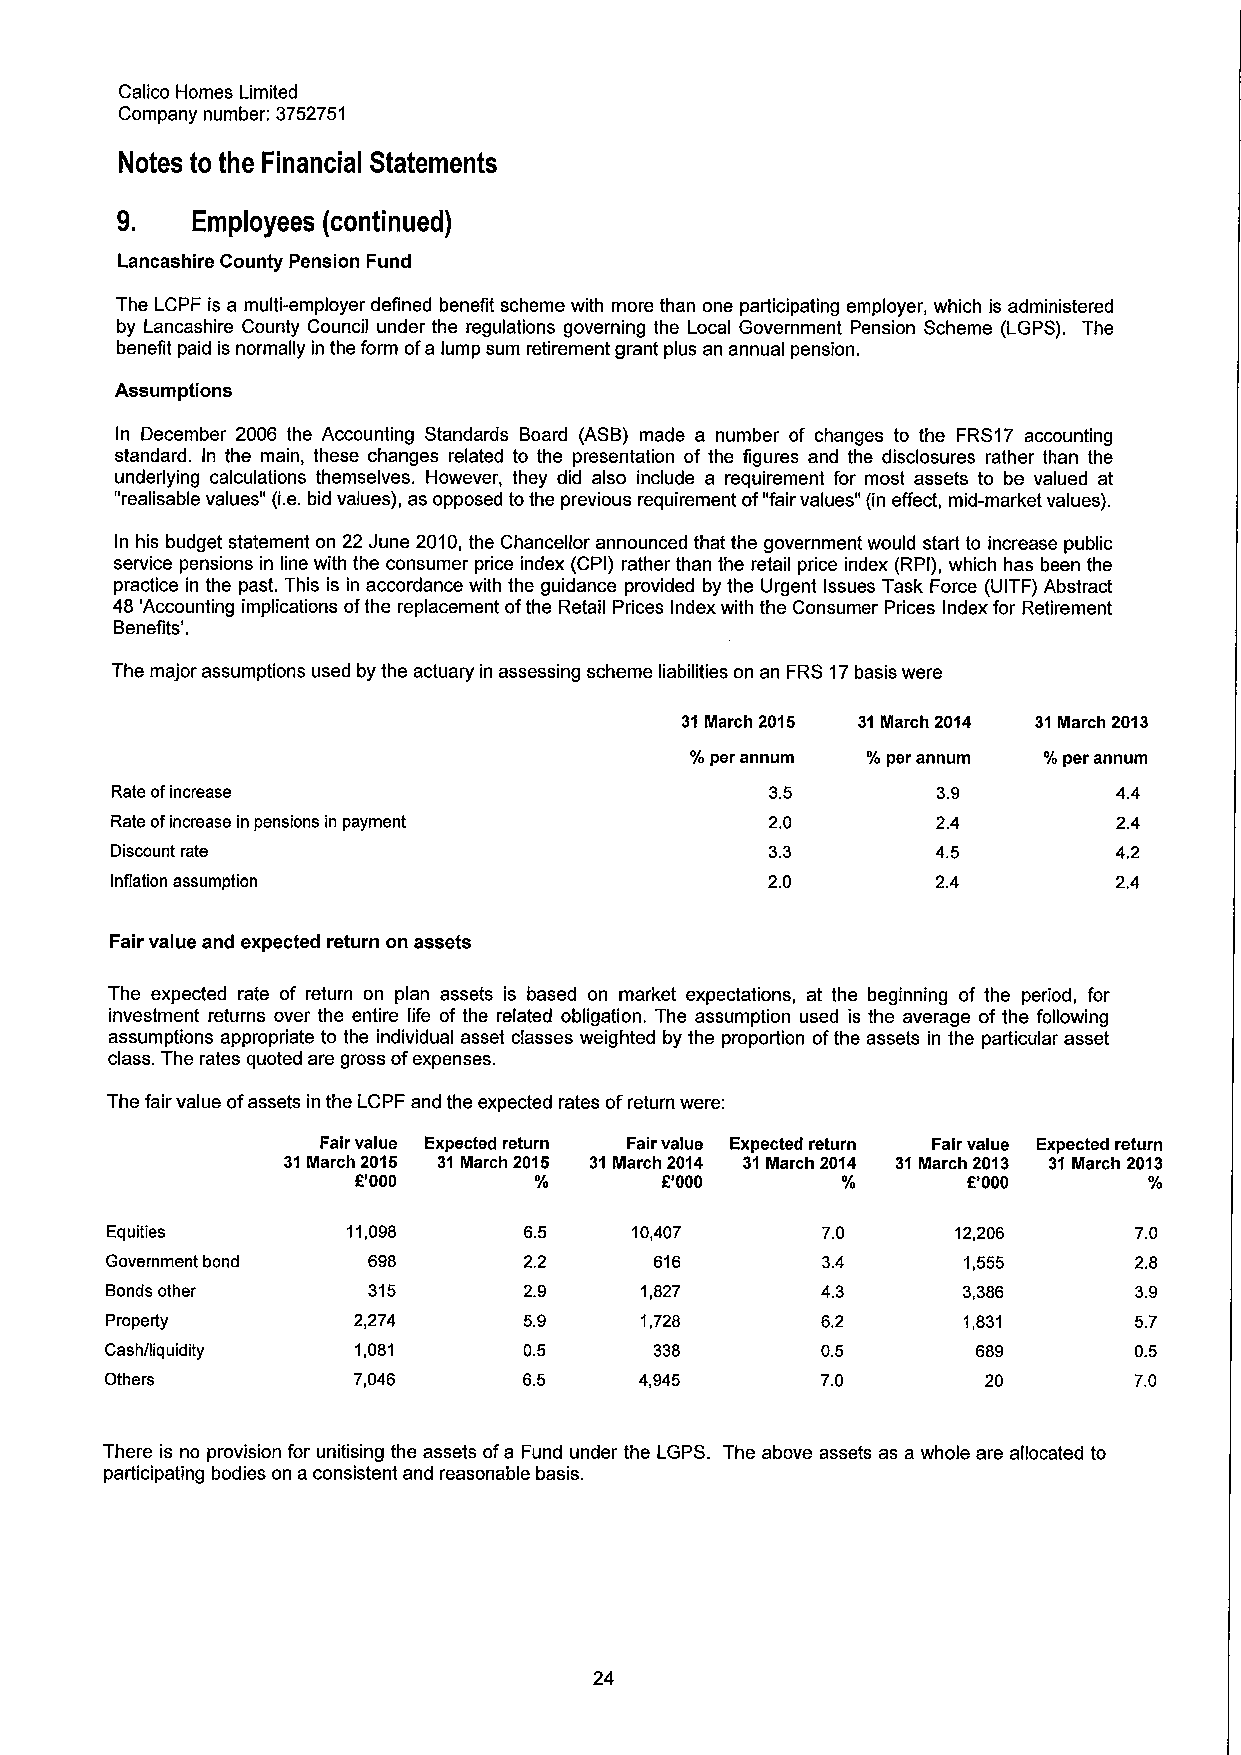
Calico Homes Limited
 Company number: 3752751
 Notes to the Financial Statements
 9.   Employees (continued)
 Lancashire County Pension Fund
 The LCPF is a multi-employer defined benefit scheme with more than one participating employer, which is administered
 by Lancashire County Council under the regulations governing the Local Government Pension Scheme (LGPS). The
 benefit paid is normally in the form ofa lump sum retirement grant plus an annual pension.
 Assumptions
 In December 2006 the Accounting Standards Board (ASB) made a number of changes to the FRS17 accounting
 standard. In the main, these changes related to the presentation of the figures and the disclosures rather than the
 underlying calculations themselves. However, they did also include a requirement for most assets to be valued at
 "realisable values" (i.e.bid values), as opposed tothe previous requirement of"fairvalues" (in effect, mid-market values).
 In his budget statement on 22 June 2010,the Chancellor announced that the government would start to increase public
 service pensions in line with the consumer price index (CPI) rather than the retail price index (RPI), which has been the
 practice in the past. This is in accordance with the guidance provided by the Urgent Issues Task Force (UITF) Abstract
 48 'Accounting implications ofthe replacement ofthe Retail Prices Index with the Consumer Prices Index for Retirement
 Benefits'.
 The major assumptions used by the actuary in assessing scheme liabilities on an FRS 17basis were
 31March 2015 31March 2014 31March 2013
 %per annum %per annum  %per annum
 Rate ofincrease                             3.5        3.9         4.4
 Rate ofincrease in pensions in payment      2.0        2.4         2.4
 Discount rate                               3.3        4.5         4.2
 Inflation assumption                        2.0        2.4         2.4
 Fair value and expected return on assets
 The expected rate of return on plan assets is based on market expectations, at the beginning of the period, for
 investment returns over the entire life of the related obligation. The assumption used is the average of the following
 assumptions appropriate to the individual asset classes weighted by the proportion ofthe assets in the particular asset
 class. The rates quoted are gross ofexpenses.
 The fair value ofassets in the LCPF and the expected rates ofreturn were:
 Fair value Expected return Fair value Expected return Fair value Expected return
 31March 2015 31March 2015 31March 2014 31March 2014 31March 2013 31March 2013
 R'000      0/       K'000               R'000
 Equities        11,098      6.5    10,407      7.0      12,206      7.0
 Government bond  698        2.2     616        3.4       1,555      2.8
 Bonds other      315        2.9    1,827       4.3       3,386      3.9
 Property        2,274       5.9    1,728       6.2       1,831      5.7
 Cash/liquidity   1,081      0.5     338        0.5        689       0.5
 Others          7,046       6.5    4,945       7.0        20        7.0
 There is no provision for unitising the assets ofa Fund under the LGPS. The above assets as a whole are allocated to
 participating bodies on a consistent and reasonable basis.
 24